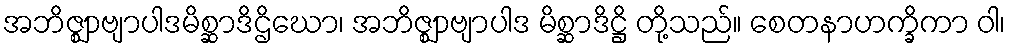
အဘိဇ္ဈာဗျာပါဒမိစ္ဆာဒိဌိဃော၊ အဘိဇ္ဈာဗျာပါဒ မိစ္ဆာဒိဋ္ဌိ တို့သည်။ စေတနာဟက္ခိကာ ဝါ၊